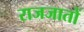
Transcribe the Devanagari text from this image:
राजजातों